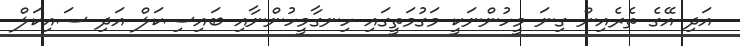
އަދި އޭގެ ތެރެއިން ގިނަ މީހުންނަކީ މަގުމަތީގައި ހިނގާމީހުންނާއި ބައިސިކަލް އަދި ސައިކަލް